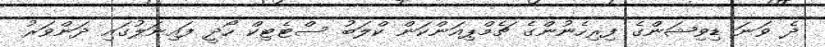
ދެ ވަނަ ޑިވިޝަންގެ ފިރިހެނުންގެ ޗެމްޕިއަންކަން ކްލަބު ސްޓެޓިކް ހޯދީ ފައިނަލުގައި ދަންވަރު